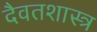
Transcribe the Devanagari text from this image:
दैवतशास्त्र